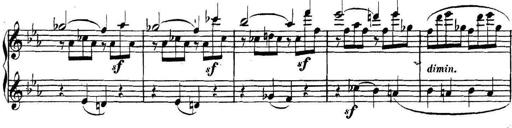
Title: Collected Piano Sonatas
Composer: Muzio Clementi